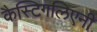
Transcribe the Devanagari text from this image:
कैस्टिगलिएनी